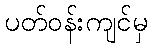
ပတ်ဝန်းကျင်မှ